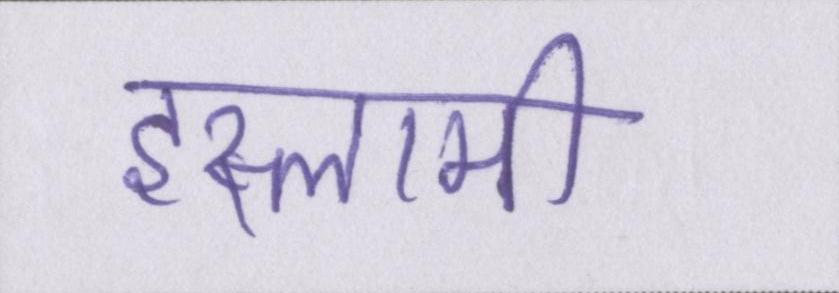
इस्लामी